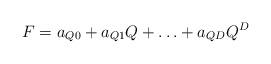
LaTeX: \begin{align*}F=a_{Q0}+a_{Q1}Q+\ldots+a_{QD}Q^D\end{align*}